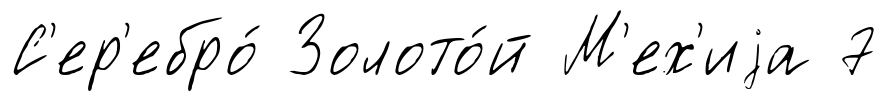
С'ер'ебро́ Золото́й М'ех'иjа 7